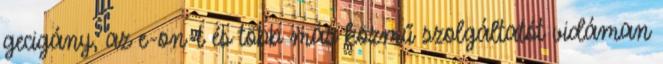
gecigány, az e-on-t és több más közmű szolgáltatót vidáman